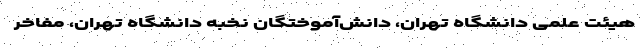
هیئت علمی دانشگاه تهران، دانش‌آموختگان نخبه دانشگاه تهران، مفاخر